NAE_ERA_R-2078_Sihtasutus_Eesti_Kontsert, lk 19
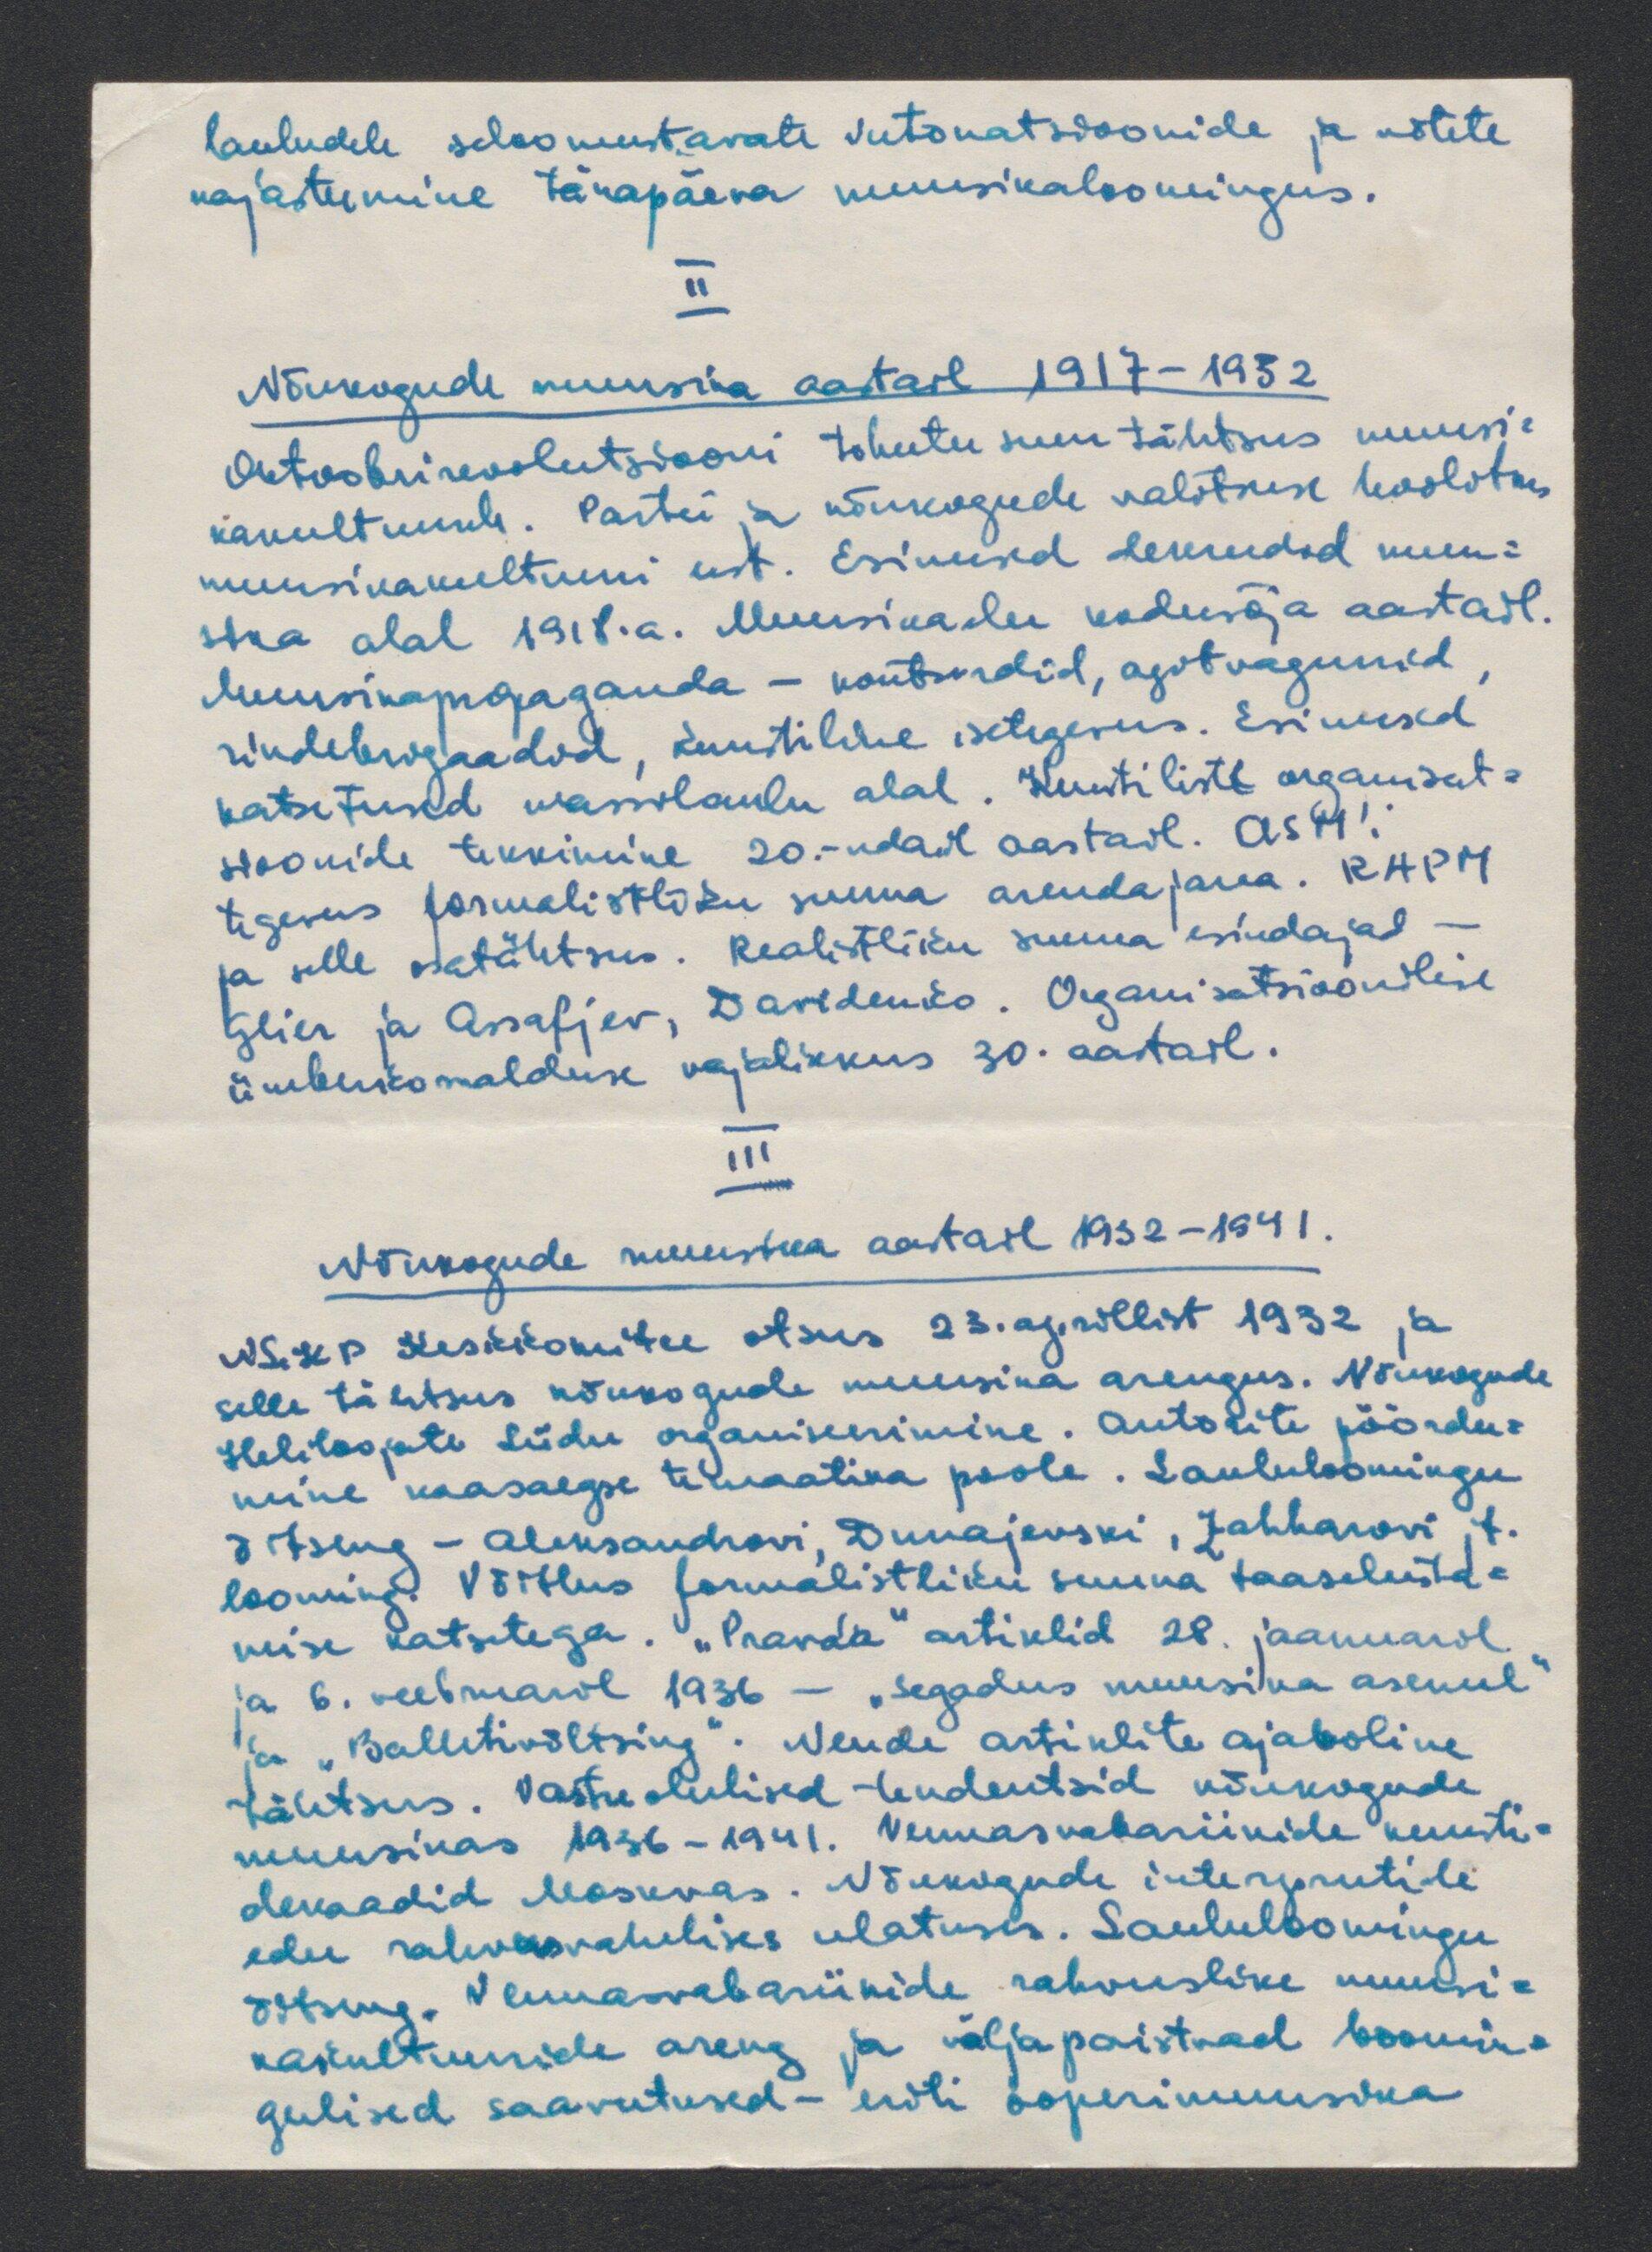
lauludele iseloomustavate intonatsioonide ja võtete
kajastumine tänapäeva muusikalooomingus.
II
Nõukogude muusika aastail 1917-1932
Oktoobrirevolutsiooni tohutu suur tähtsus muusi-
kakultuurile. Partei ja nõukogude valitsuse hoolitses
muusikakultuuri eest. Esimised dekreedid muu-
sika alal 1918. a. Muusikaelu kodusõja aastail.
Muusikapropaganda - kontserdid, agit vagunid,
rindebrigaadid, kunstiline isetegevus. Esimesed
katsetused massilaulu alal. Kunstiliste organisat-
sioonide tekkimine 20.-ndail aastail. ASM :
tegevus formalistliku suuna esindajad. RHPM
ja selle osatähtsus. Realistliku suuna esindajad
Glier ja Assafjev, Davidenko. Organisatsioonilise
ümberkorralduse vajalikkus 30. aastail.
III
Nõukogude muusika aastail 1932-1941.
NSKP Keskkomitee otsus 23.aprillist 1932 ja
selle tähtsus nõukogude muusika arengus. Nõukogude
Heliloojate Liidu organiseerimine. Autorite pöördu-
mine kaasaegse temaatika poole. Laululoomingu
otsing - Aleksandrovi, Dunajevski, Zahharovi, t.
looming. Võitlus formalistliku suuna taaselusta-
mise katsega. "Pravda" artiklid 28. jaanuaril
ja 6. veebruaril 1936 - "segadus muusika asemel"
ja "Balletivõltsing". Nende artiklite ajalooline
tähtsus. Vastuolulised tendentsid nõukogude
muusikas 1936-1941. Vennasvabariikide kunsti-
dekaadid Moskvas. Nõukogude interpreetide
edu rahvusvahelises ulatuses. Laululoomingu
otsing Vennasvabariikide rahvusliku muusi-
kakultuuride areng ja väljapaistvad loomin-
gulised saavutused - eriti ooperimuusika